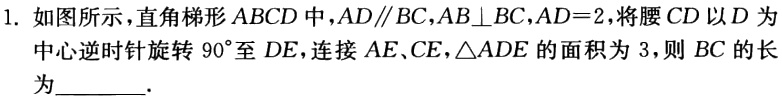
1. 如图所示，直角梯形 \(ABCD\) 中，\(AD\parallel BC\)，\(AB\perp BC\)，\(AD = 2\)，将腰 \(CD\) 以 \(D\) 为中心逆时针旋转 \(90^{\circ}\) 至 \(DE\)，连接 \(AE\)、\(CE\)，\(\triangle ADE\) 的面积为 \(3\)，则 \(BC\) 的长为_________.